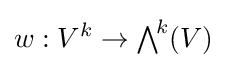
w:V^{k}\to {\textstyle \bigwedge }^{\!k}(V)